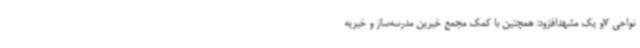
نواحی 7و یک مشهدافزود: همچنین با کمک مجمع خیرین مدرسه‌ساز و خیریه